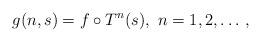
LaTeX: \begin{align*} g(n,s) = f\circ T^n(s), \ n=1,2,\dots\,,\end{align*}